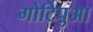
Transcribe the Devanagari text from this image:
गोटिपुआ